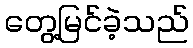
တွေ့မြင်ခဲ့သည်